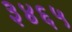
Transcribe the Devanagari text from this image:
३४६५